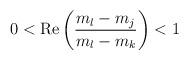
LaTeX: \begin{align*}0<{\rm Re}\left(\frac{m_l-m_j}{m_l-m_k}\right)<1\end{align*}